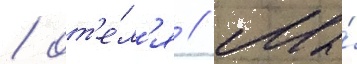
/ от'е́л'я // Мы́